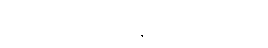
ခင်ဗျား စားတာနည်းလိုက်တာ။